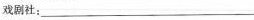
戏剧社：___